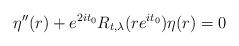
LaTeX: \begin{align*} \eta''(r) + e^{2it_0} R_{t,\lambda}(re^{it_0})\eta(r) = 0 \end{align*}